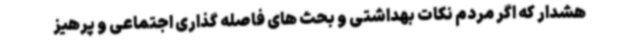
هشدار که اگر مردم نکات بهداشتی و بحث های فاصله گذاری اجتماعی و پرهیز